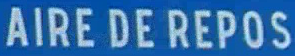
AIREDEREPOS